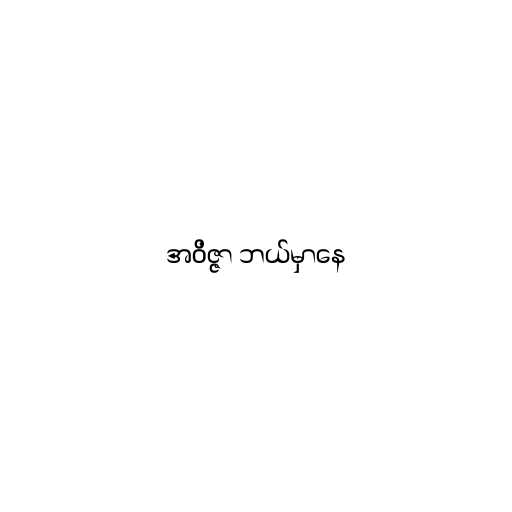
အဝိဇ္ဇာ ဘယ်မှာနေ